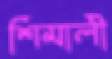
শিমালী